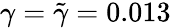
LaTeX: \gamma=\tilde{\gamma}=0.013